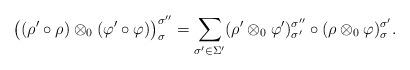
LaTeX: \begin{align*} \bigl((\rho' \circ \rho) \otimes_0 (\varphi' \circ \varphi)\bigr)_{\sigma}^{\sigma''} = \sum_{\sigma' \in \Sigma'} (\rho' \otimes_0 \varphi')_{\sigma'}^{\sigma''} \circ (\rho \otimes_0 \varphi)_{\sigma}^{\sigma'}. \end{align*}